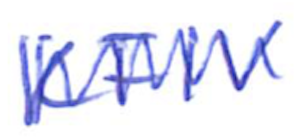
Text: KFIV
Cross-out: zig-zag
Writing tool: ballpoint